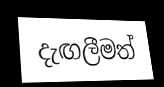
දැඟලීමත්